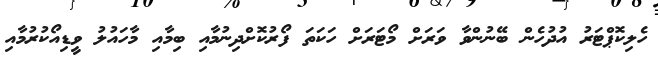
ހެލިކޮޕްޓަރު އުދުހެން ބޭނުންވާ ވަރަށް މޯޓަރަށް ހަކަތަ ފޯރުކޮށްދިނުމާއި ބިމާއި މާހައުލު ވީޑިއޯކުރުމާއި